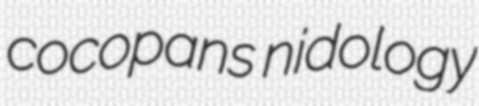
cocopans nidology